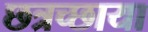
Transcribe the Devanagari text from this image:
छत्रच्छाया